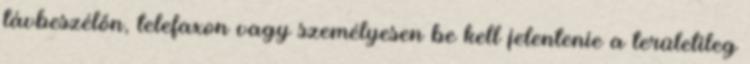
távbeszélőn, telefaxon vagy személyesen be kell jelentenie a területileg